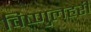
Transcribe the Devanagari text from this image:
विष्णुलहरी